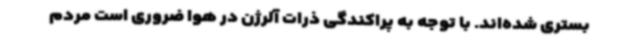
بستری شده‌اند. با توجه به پراکندگی ذرات آلرژن در هوا ضروری است مردم